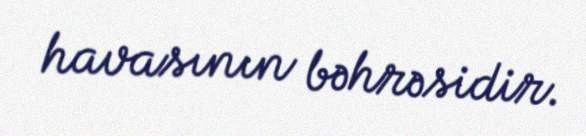
havasının bəhrəsidir.